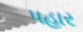
પહાર